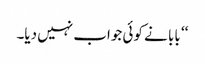
‘‘ بابا نے کوئی جواب نہیں دیا۔